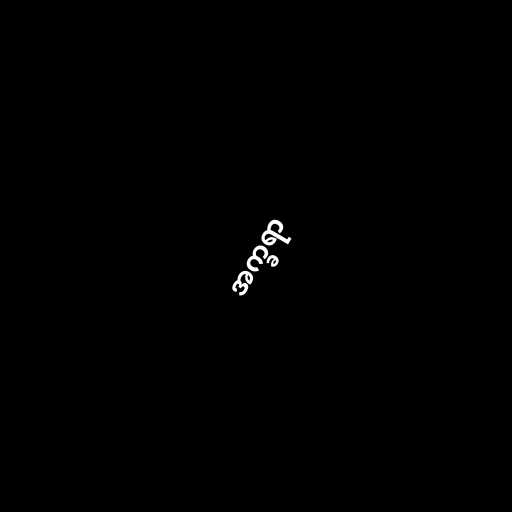
အက္ခရာ